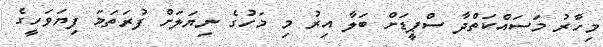
މިހާރު މަސައްކަތްދާ ސްޕީޑަށް ބަލާ އިރު މި މަހުގެ ނިޔަލަށް ފުރަތަމަ ފިޔަވަހީގެ